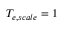
T _ { e , s c a l e } = 1